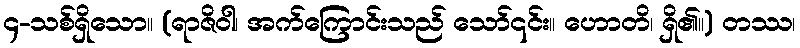
၄-သစ်ရှိသော။ (ရာဇိဝါ၊ အက်ကြောင်းသည် သော်၎င်း။ ဟောတိ၊ ရှိ၏။) တဿ၊